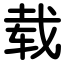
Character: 载